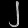
Digit: ၂